Leningradi_Edasi_toimetus, lk 38
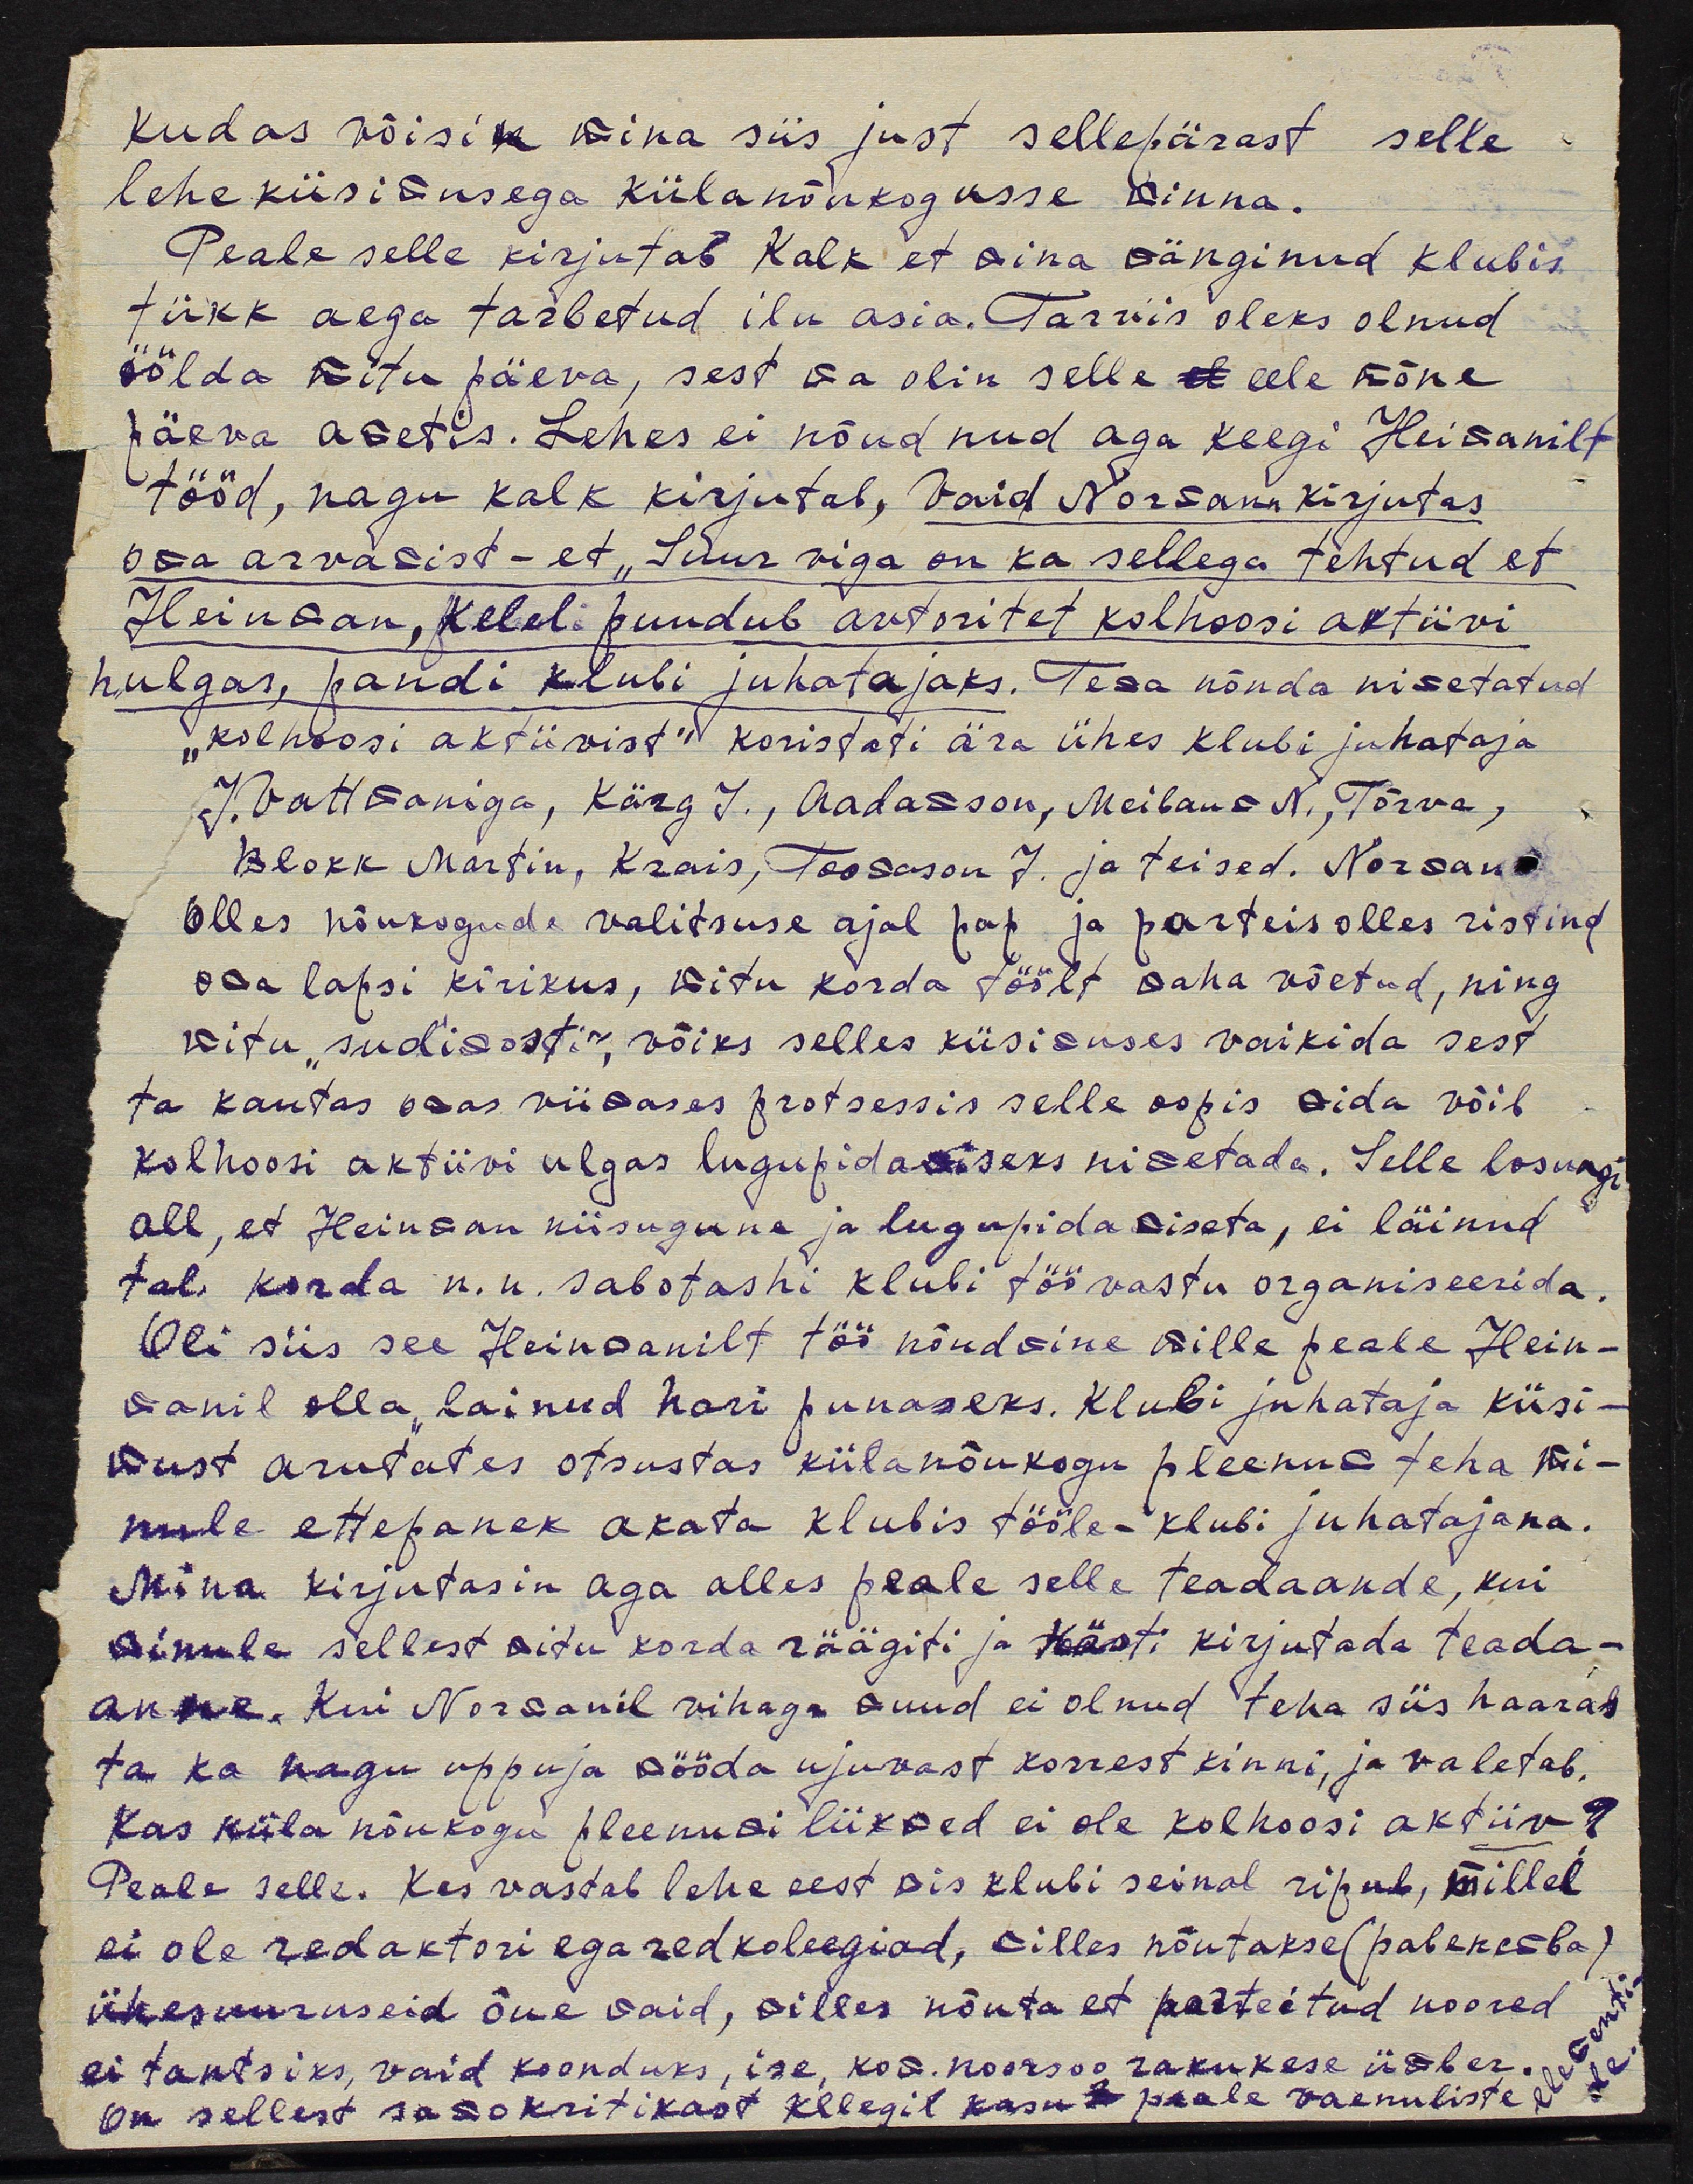
kudas võisin mina siis just sellepärast selle
lehe küsimusega külanõukogusse minna.
Peale selle kirjutab Kalk et mina mänginud klubis
tükk aega tarbetud ilu asia. Tarvis oleks olnud
öölda mitu päeva, sest ma olin selle el eele kõne
päeva ametis. Lehes ei nõudnud aga keegi Heimanilt
tööd, nagu Kalk kirjutab, vaid Norman kirjutas
osa arvamist - et "Suur viga on ka sellega tehtud et
Heinman, kelel puudub autoritet kolhoosi aktiivi
hulgas, pandi klubi juhatajaks. Tema nõnda nimetatud
kolhoosi aktiivist koristati ära ühes klubi juhataja
J. Vattmaniga, Kärg J. Aadamson, Meibaum N., Tõrva,
Blokk Martin, Krais, Toomson J., ja teised. Normann
Olles nõukogude valitsuse ajal pap ja parteis olles ristind
osa lapsi kirikus, mitu korda töölt maha võetud, ning
mitu, sudisost võiks selles küsimuses vaikida sest
ta kautas omas viimases protsessis selle oopis mida võib
kolhoosi aktiivi ulgas lugupidamiseks nimetada. Selle losungi
all, et Heinman niisugune ja lugupidamiseta, ei läinud
tal korda n.n. sabotashi klubi töö vastu organiseerida.
Oli siis see Heinmanilt töö nõudmine mille peale Hein-
manil olla, läinud hari punaseks. Klubi juhataja küsi-
must arutates otsustas külanõukogu pleenum teha mi-
nule ettepanek akata klubis tööle-klubi juhatajana.
Mina kirjutasin aga alles peale selle teadaande, kui
minule sellest mitu korda räägiti ja kästi kirjutada teada-
anne. Kui Normanil vihaga muud ei olnud teha siis haaras
ta ka nagu uppuja mööda ujuvast korrest kinni, ja valetab.
Kas küla nõukogu pleenumi liikmed ei ole kolhoosi aktiiv?
Peale selle. Kes vastab lehe eest mis klubi seinal ripub, millel
ei ole redaktori ega redkoleegiad, milles nõutakse (paberemba)
ühesuuruseid õue maid, milles nõuta et parteitud noored
ei tantsiks, vaid koonduks, ise, kom. noorsoo rakukese ümber
on sellest samakritikast kelegil kasu peale vaenuliste